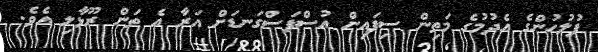
ފުލުހުންގެ އެދުމުގެ މަތިން ސިފައިން އުސްފަސްގަނޑަށް އަރާ އެ ތަން ރޫޅާލި އެވެ.